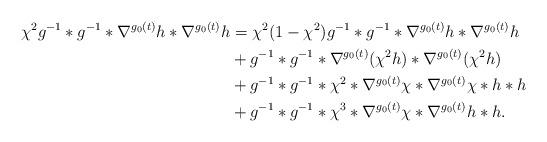
LaTeX: \begin{align*} \chi^2g^{-1}*g^{-1}*\nabla^{g_0(t)}h*\nabla^{g_0(t)}h&= \chi^2(1-\chi^2)g^{-1}*g^{-1}*\nabla^{g_0(t)}h * \nabla^{g_0(t)}h\\ &+ g^{-1}*g^{-1}*\nabla^{g_0(t)}(\chi^2h)*\nabla^{g_0(t)}(\chi^2h)\\ &+ g^{-1}*g^{-1}*\chi^2*\nabla^{g_0(t)}\chi*\nabla^{g_0(t)}\chi*h*h\\ & + g^{-1}*g^{-1}*\chi^3*\nabla^{g_0(t)}\chi*\nabla^{g_0(t)}h*h.\end{align*}